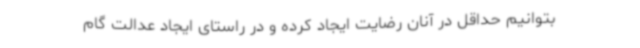
بتوانیم حداقل در آنان رضایت ایجاد کرده و در راستای ایجاد عدالت گام